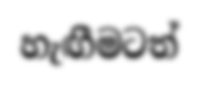
හැඟීමටත්